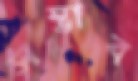
সম্ভাব